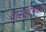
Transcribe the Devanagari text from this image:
वास्तुवैभवात